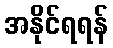
အနိုင်ရရန်